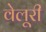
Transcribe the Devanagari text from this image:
वेलूरी